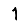
Digit: 1